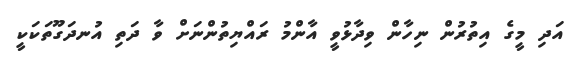
އަދި މީގެ އިތުރުން ނިހާން ވިދާޅުވީ އާންމު ރައްޔިތުންނަށް ވާ ދަތި އުނދަގޫތަކަކީ